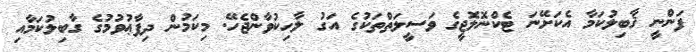
ފަންނީ ޤާބިލުކަމާ އެކަށޭނަ ޓެކްނޮލޮޖީގެ ވަސީލަތްތަކުގެ އަގު ލާހިކުވާންޖެހޭ. މިކަމުން ދިފާޢުވުމުގެ ގާބިލުކަމާއި